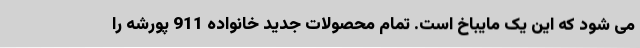
می شود که این یک مایباخ است. تمام محصولات جدید خانواده 911 پورشه را